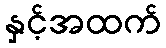
နှင့်အထက်